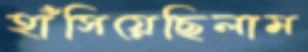
হাঁসিয়েছিলাম